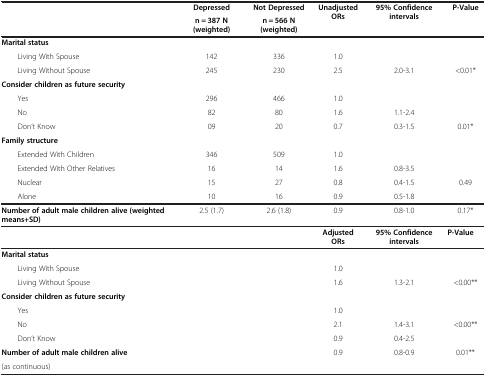
| <ROWSPAN=2>  | Depressed | Not Depressed | <ROWSPAN=2> Unadjusted ORs | <ROWSPAN=2> 95% Confidence intervals | <ROWSPAN=2> P-Value |
 | n = 387 N (weighted) | n = 566 N (weighted) |
 | --- | --- | --- | --- | --- | --- |
 | Marital status |  |  |  |  |  |
 | Living With Spouse | 142 | 336 | 1.0 |  |  |
 | Living Without Spouse | 245 | 230 | 2.5 | 2.0-3.1 | <0.01* |
 | Consider children as future security |  |  |  |  |  |
 | Yes | 296 | 466 | 1.0 |  |  |
 | No | 82 | 80 | 1.6 | 1.1-2.4 |  |
 | Don’t Know | 09 | 20 | 0.7 | 0.3-1.5 | 0.01* |
 | Family structure |  |  |  |  |  |
 | Extended With Children | 346 | 509 | 1.0 |  |  |
 | Extended With Other Relatives | 16 | 14 | 1.6 | 0.8-3.5 |  |
 | Nuclear | 15 | 27 | 0.8 | 0.4-1.5 | 0.49 |
 | Alone | 10 | 16 | 0.9 | 0.5-1.8 |  |
 | Number of adult male children alive (weighted means+SD) | 2.5 (1.7) | 2.6 (1.8) | 0.9 | 0.8-1.0 | 0.17* |
 |  |  |  | Adjusted ORs | 95% Confidence intervals | P-Value |
 | Marital status |  |  |  |  |  |
 | Living With Spouse |  |  | 1.0 |  |  |
 | Living Without Spouse |  |  | 1.6 | 1.3-2.1 | <0.00** |
 | Consider children as future security |  |  |  |  |  |
 | Yes |  |  | 1.0 |  |  |
 | No |  |  | 2.1 | 1.4-3.1 | <ROWSPAN=2> <0.00** |
 | Don’t Know |  |  | 0.9 | 0.4-2.5 |
 | Number of adult male children alive |  |  | 0.9 | 0.8-0.9 | 0.01** |
 | (as continuous) |  |  |  |  |  |